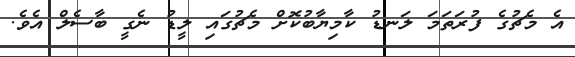
އެ މެޗުގެ ފުރަތަމަ ލަނޑު ކާމިޔާބުކޮށް މެޗުގައި ލީޑު ނެގީ ބާސެލް އެވެ.